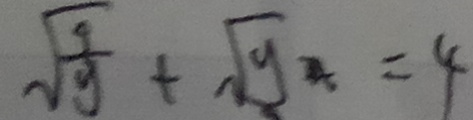
\sqrt { \frac { 9 } { y } } + \sqrt { y } = 4